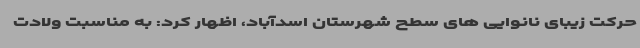
حرکت زیبای نانوایی های سطح شهرستان اسدآباد، اظهار کرد: به مناسبت ولادت